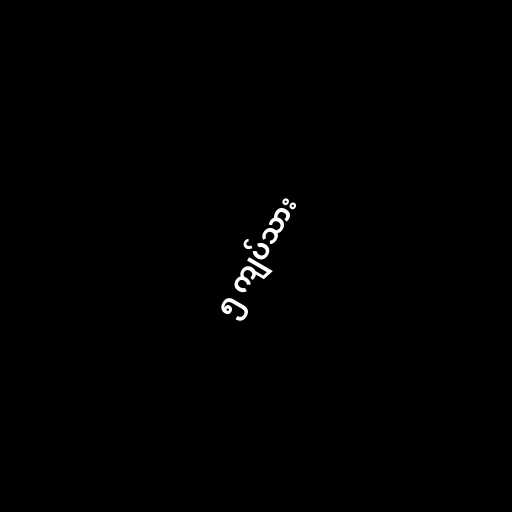
၅ ကျပ်သား